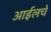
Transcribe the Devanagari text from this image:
आईलचे